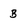
Character: B